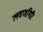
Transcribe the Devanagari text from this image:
लवणगिरि